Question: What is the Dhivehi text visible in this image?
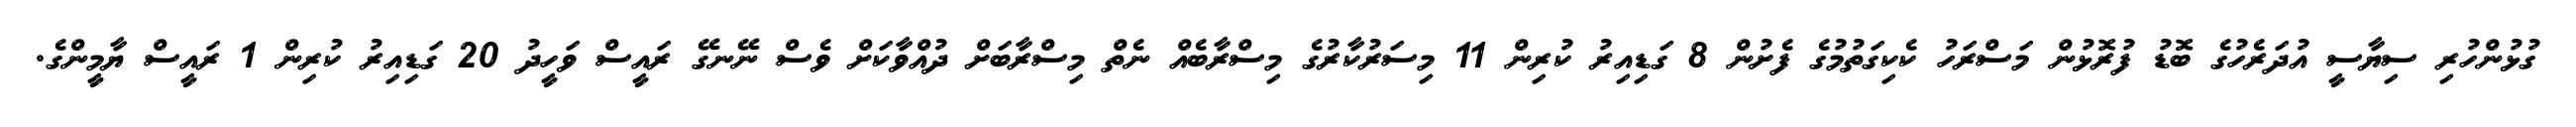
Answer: ގުޅުންހުރި ސިޔާސީ އުދަރެހުގެ ބޮޑު ފުރޮޅުން މަސްރަހު ކެކިގަތުމުގެ ފެށުން 8 ގަޑިއިރު ކުރިން 11 މިސަރުކާރުގެ މިސްރާބެއް ނެތް މިސްރާބަށް ދުއްވާކަށް ވެސް ނޭނގޭ ރައީސް ވަހީދު 20 ގަޑިއިރު ކުރިން 1 ރައީސް ޔާމީންގެ.